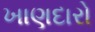
ખાણદારો